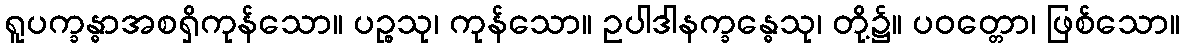
ရူပက္ခန္ဓာအစရှိကုန်သော။ ပဉ္စသု၊ ကုန်သော။ ဥပါဒါနက္ခန္ဓေသု၊ တို့၌။ ပဝတ္တော၊ ဖြစ်သော။